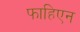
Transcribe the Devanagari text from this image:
फाहिएन